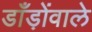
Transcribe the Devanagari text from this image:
डाँड़ोंवाले